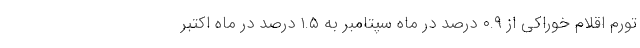
تورم اقلام خوراکی از ۰.۹ درصد در ماه سپتامبر به ۱.۵ درصد در ماه اکتبر